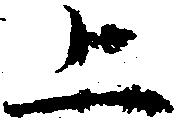
上